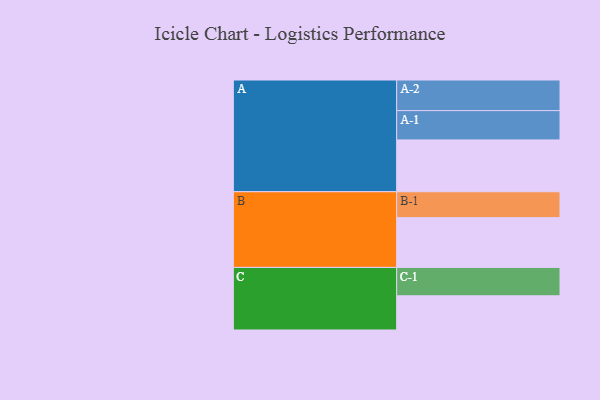
{"axis": {"x": "Segment", "y": "Value"}, "legend": ["", "A", "B", "C"], "data": [{"x": "A", "y": 486, "type": ""}, {"x": "B", "y": 467, "type": ""}, {"x": "C", "y": 321, "type": ""}, {"x": "A-1", "y": 275, "type": "A"}, {"x": "A-2", "y": 287, "type": "A"}, {"x": "B-1", "y": 243, "type": "B"}, {"x": "C-1", "y": 266, "type": "C"}]}